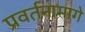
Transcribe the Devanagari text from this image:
प्रवर्तनामागे